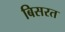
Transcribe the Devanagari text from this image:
बिसरत